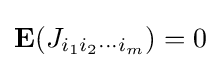
\mathbf {E} (J_{i_{1}i_{2}\cdots i_{m}})=0